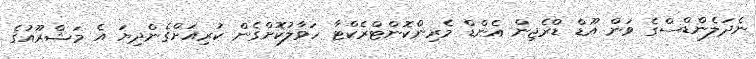
ނެދަލެންޑްސްގެ ވަން އޫޑް ޑްރެޖިން އެންޑް މެރިންކޮންޓްރެކްޓާ ހަވާލުކޮށްގެން ކުރިއަށްގެންދިޔަ އެ މަޝްރޫއުގެ